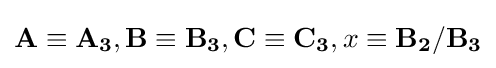
\mathbf {A} \equiv \mathbf {A_{3}} ,\mathbf {B} \equiv \mathbf {B_{3}} ,\mathbf {C} \equiv \mathbf {C_{3}} ,x\equiv \mathbf {B_{2}/B_{3}}